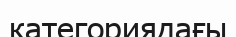
категориядағы